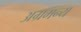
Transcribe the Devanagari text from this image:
अग्रमन्य